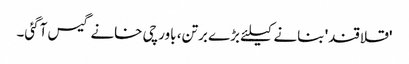
'قلاقند' بنانے کیلئے بڑے برتن، باورچی خانے گیس آگئی۔